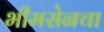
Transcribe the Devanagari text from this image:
भीमसेनचा